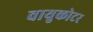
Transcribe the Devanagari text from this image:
वायुकोटर